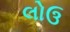
લોઉ